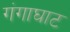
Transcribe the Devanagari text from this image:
गंगाघाट